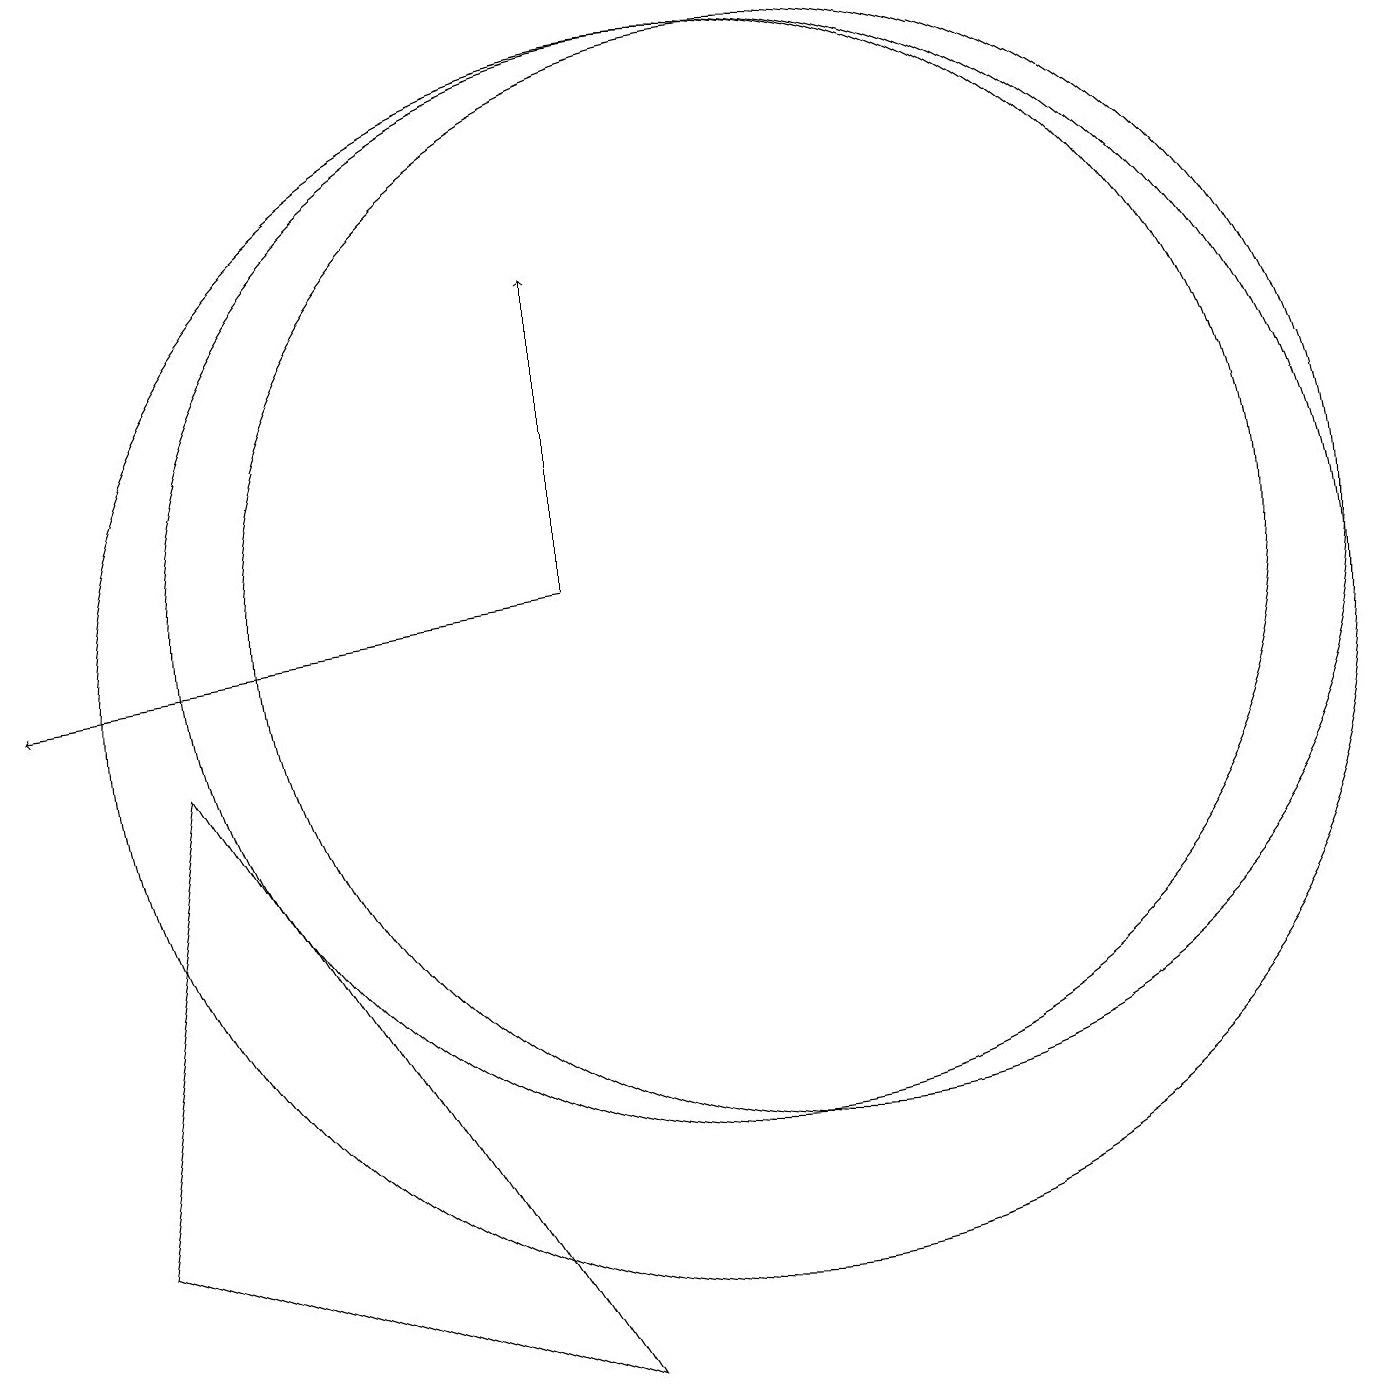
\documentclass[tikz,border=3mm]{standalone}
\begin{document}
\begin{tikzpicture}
\draw[->] (8,11) -- (8,15);
\draw (10,10) circle (8);
\draw (8,1) -- (3,9) -- (2,3) -- cycle;
\draw (11,11) circle (0);
\draw (11,11) circle (7);
\draw (10,11) circle (7);
\draw[->] (8,11) -- (1,10);
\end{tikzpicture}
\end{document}